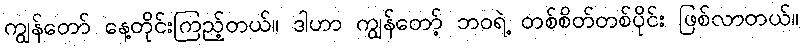
ကျွန်တော် နေ့တိုင်းကြည့်တယ်။ ဒါဟာ ကျွန်တော့် ဘဝရဲ့ တစ်စိတ်တစ်ပိုင်း ဖြစ်လာတယ်။